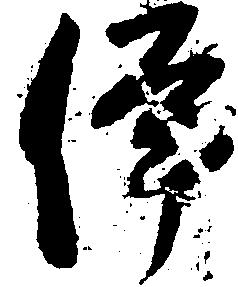
伊